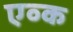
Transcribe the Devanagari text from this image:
एव्क